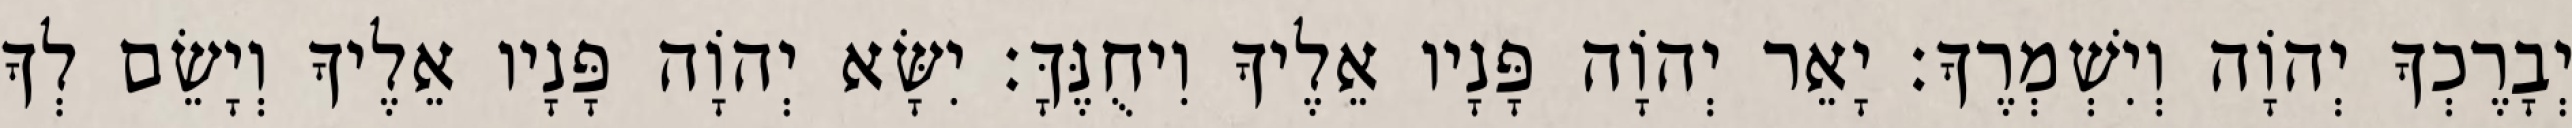
יְבָרֶכְךָ יְהוָֹה וְיִשְׁמְרֶךָ׃ יָאֵר יְהוָֹה פָּנָיו אֵלֶיךָ וִיחֻנֶּךָּ׃ יִשָּׂא יְהוָֹה פָּנָיו אֵלֶיךָ וְיָשֵׂם לְךָ